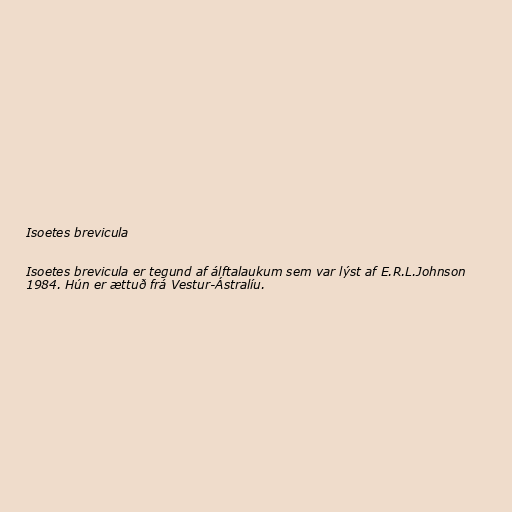
Isoetes brevicula

Isoetes brevicula er tegund af álftalaukum sem var lýst af E.R.L.Johnson
1984. Hún er ættuð frá Vestur-Ástralíu.